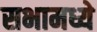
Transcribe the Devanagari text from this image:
सभामध्ये